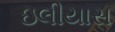
ઇલીયાસ